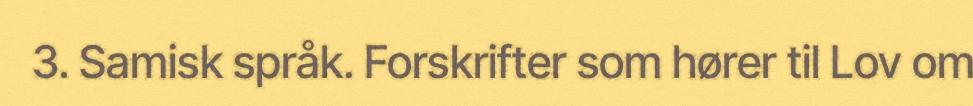
3. Samisk språk. Forskrifter som hører til Lov om